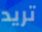
تريد